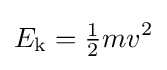
E_{\mathrm {k} }={\tfrac {1}{2}}mv^{2}